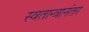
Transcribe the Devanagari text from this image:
स्वतान्त्रानंतर